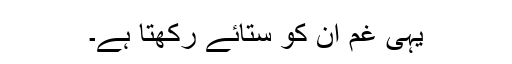
یہی غم ان کو ستائے رکھتا ہے۔